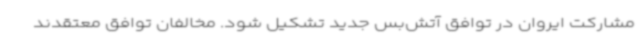
مشارکت ایروان در توافق‌ آتش‌بس جدید تشکیل شود. مخالفان توافق معتقدند